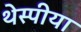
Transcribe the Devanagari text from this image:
थेस्पीया